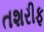
તશરીફ